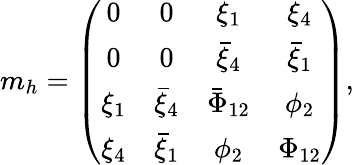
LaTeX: m_{h}=\left(\begin{array}{cccc}{{0}}&{{0}}&{{\xi_{1}}}&{{\xi_{4}}}\\ {{0}}&{{0}}&{{\bar{\xi}_{4}}}&{{\bar{\xi}_{1}}}\\ {{\xi_{1}}}&{{\bar{\xi}_{4}}}&{{\bar{\Phi}_{12}}}&{{\phi_{2}}}\\ {{\xi_{4}}}&{{\bar{\xi}_{1}}}&{{\phi_{2}}}&{{\Phi_{12}}}\end{array}\right),